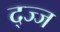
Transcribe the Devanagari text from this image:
द्ज्ज